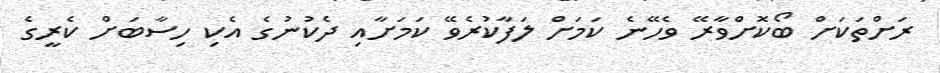
ރަށްތަކަށް ބޯކޮށްވާރޭ ވެހޭނެ ކަމަށް ލަފާކުރެވޭ ކަމަށާއި ދެކުނުގެ އެކި ހިސާބަށް ކެރީގެ